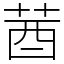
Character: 莤